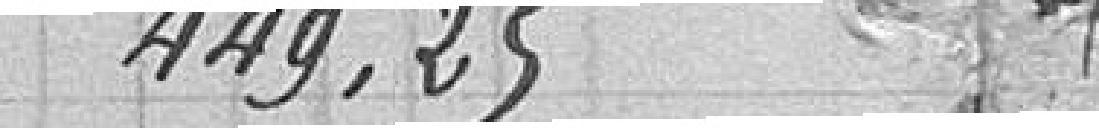
449,25